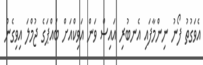
އެވަގުތު ފޯނު ނިންމާފައި އެނބުރި އައިސް ވަން އަވިކްއަށް ބައްޕަގެ ޖުމްލަ އިވިގެން